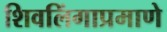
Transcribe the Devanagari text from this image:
शिवलिंगाप्रमाणे